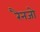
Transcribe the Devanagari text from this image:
रैनजो